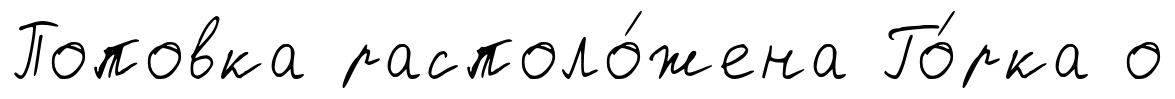
Поповка располо́жена Го́рка о